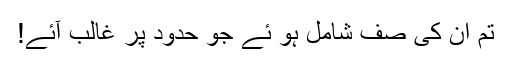
تم اُن کی صف شامل ہو ئے جو حدود پر غالب آئے!